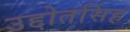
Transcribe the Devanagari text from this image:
उद्दोतसिंह